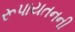
રૂપાયતનની